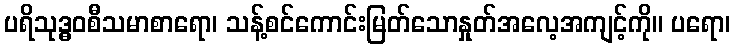
ပရိသုဒ္ဓဝစီသမာစာရော၊ သန့်စင်ကောင်းမြတ်သောနှုတ်အလေ့အကျင့်ကို။ ပရော၊